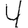
Digit: 4